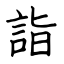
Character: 詣